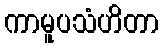
ကာမူပသံဟိတာ